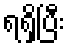
ရရှိပြီး